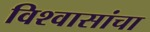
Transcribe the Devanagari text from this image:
विश्वासांचा